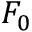
F _ { 0 }